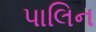
પાલિન